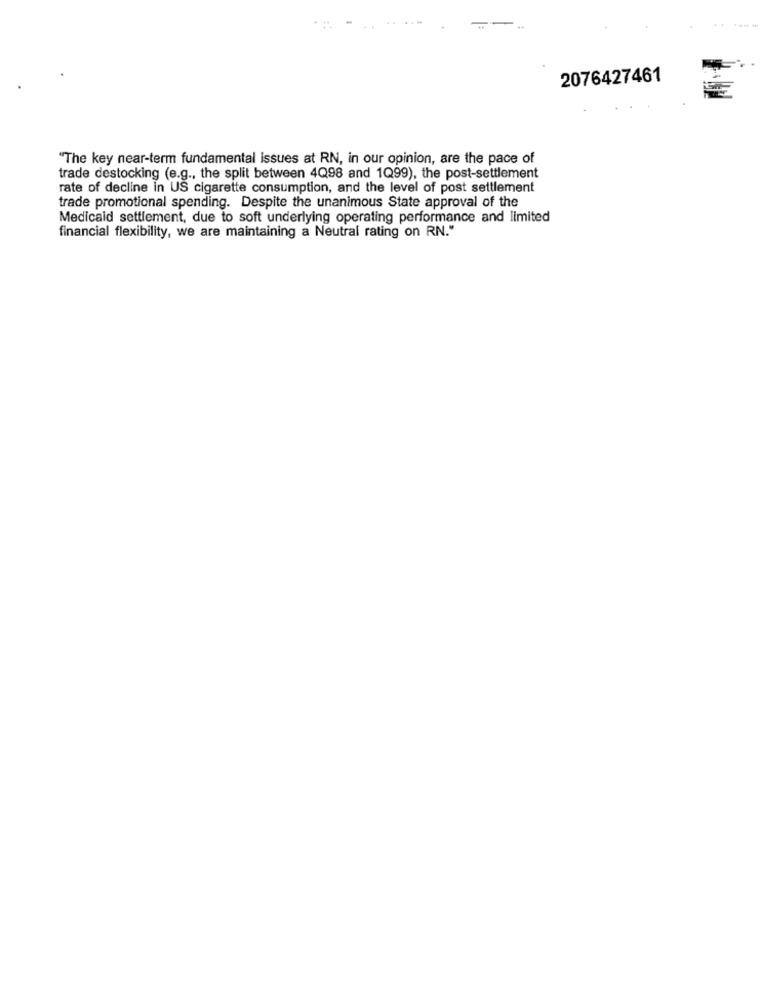
2076427461
"The key near-term fundamental issues at RN, in our opinion, are the pace of
trade destocking (e.g ., the split between 4Q98 and 1Q99), the post-settlement
rate of decline in US cigarette consumption, and the level of post settlement
trade promotional spending. Despite the unanimous State approval of the
Medicaid settlement, due to soft underlying operating performance and limited
financial flexibility, we are maintaining a Neutral rating on RN."